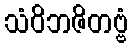
သံဝိဘဇိတဗ္ဗံ